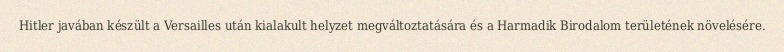
Hitler javában készült a Versailles után kialakult helyzet megváltoztatására és a Harmadik Birodalom területének növelésére.